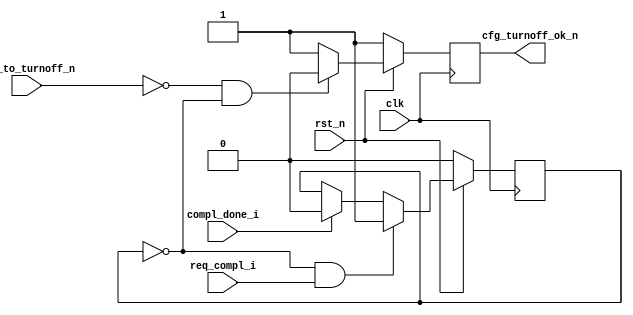
//--------------------------------------------------------------------------------
//--
//-- This file is owned and controlled by Xilinx and must be used solely
//-- for design, simulation, implementation and creation of design files
//-- limited to Xilinx devices or technologies. Use with non-Xilinx
//-- devices or technologies is expressly prohibited and immediately
//-- terminates your license.
//--
//-- Xilinx products are not intended for use in life support
//-- appliances, devices, or systems. Use in such applications is
//-- expressly prohibited.
//--
//--            **************************************
//--            ** Copyright (C) 2005, Xilinx, Inc. **
//--            ** All Rights Reserved.             **
//--            **************************************
//--
//--------------------------------------------------------------------------------
//-- Filename: BMD_TO_CTRL.v
//--
//-- Description: Turn-off Control Unit.
//--
//--------------------------------------------------------------------------------

`timescale 1ns/1ns

module BMD_TO_CTRL    (

                        clk,
                        rst_n,

                        req_compl_i,    
                        compl_done_i,  

                        cfg_to_turnoff_n,
                        cfg_turnoff_ok_n

                        );

    input               clk;
    input               rst_n;
 
    input               req_compl_i;
    input               compl_done_i;

    input               cfg_to_turnoff_n;
    output              cfg_turnoff_ok_n;

    reg                 trn_pending;
    reg                 cfg_turnoff_ok_n;


    /*
     *  Check if completion is pending
     */

    always @ ( posedge clk ) begin

      if (!rst_n ) begin

        trn_pending <= 0;

      end else begin 

        if (!trn_pending && req_compl_i)
            
          trn_pending <= 1'b1;
          
        else if (compl_done_i)

          trn_pending <= 1'b0;

      end

    end
   
    /*
     *  Turn-off OK if requested and no transaction is pending
     */

    always @ ( posedge clk ) begin

      if (!rst_n ) begin

        cfg_turnoff_ok_n <= 1'b1;

      end else begin

        if ( !cfg_to_turnoff_n  && !trn_pending ) 
          cfg_turnoff_ok_n <= 1'b0;
        else 
          cfg_turnoff_ok_n <= 1'b1;

      end

    end
    

endmodule // BMD_TO_CTRL